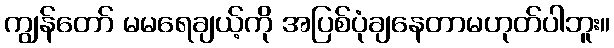
ကျွန်တော် မမရေချယ့်ကို အပြစ်ပုံချနေတာမဟုတ်ပါဘူး။